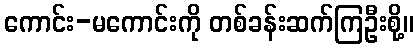
ကောင်း-မကောင်းကို တစ်ခန်းဆက်ကြဦးစို့။